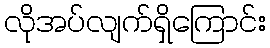
လိုအပ်လျက်ရှိကြောင်း